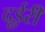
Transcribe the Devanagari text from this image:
दूईरी